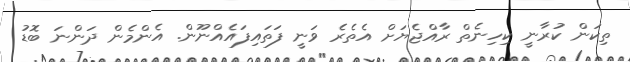
ތިކަން ކުރާނީ ކިހިނެތް ރާއްޖެޔަށް އެތެރެ ވަނީ ފަތައިފައެއްނޫން. އެންމެން ދަންނަ ބޮޑު